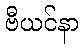
ဗီယင်နာ